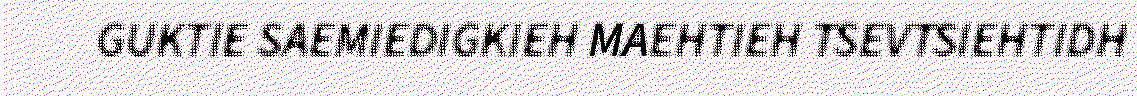
GUKTIE SAEMIEDIGKIEH MAEHTIEH TSEVTSIEHTIDH